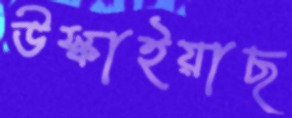
উস্‌কাইয়াছ